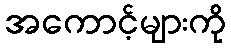
အကောင့်များကို